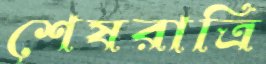
শেষরাত্রি